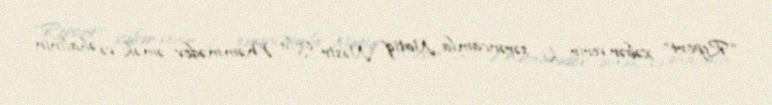
“Report” xəbər verir ki, sərəncamla Natiq Nəsir oğlu Məmmədov əmək və əhalinin